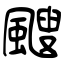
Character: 颼